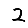
Digit: 2